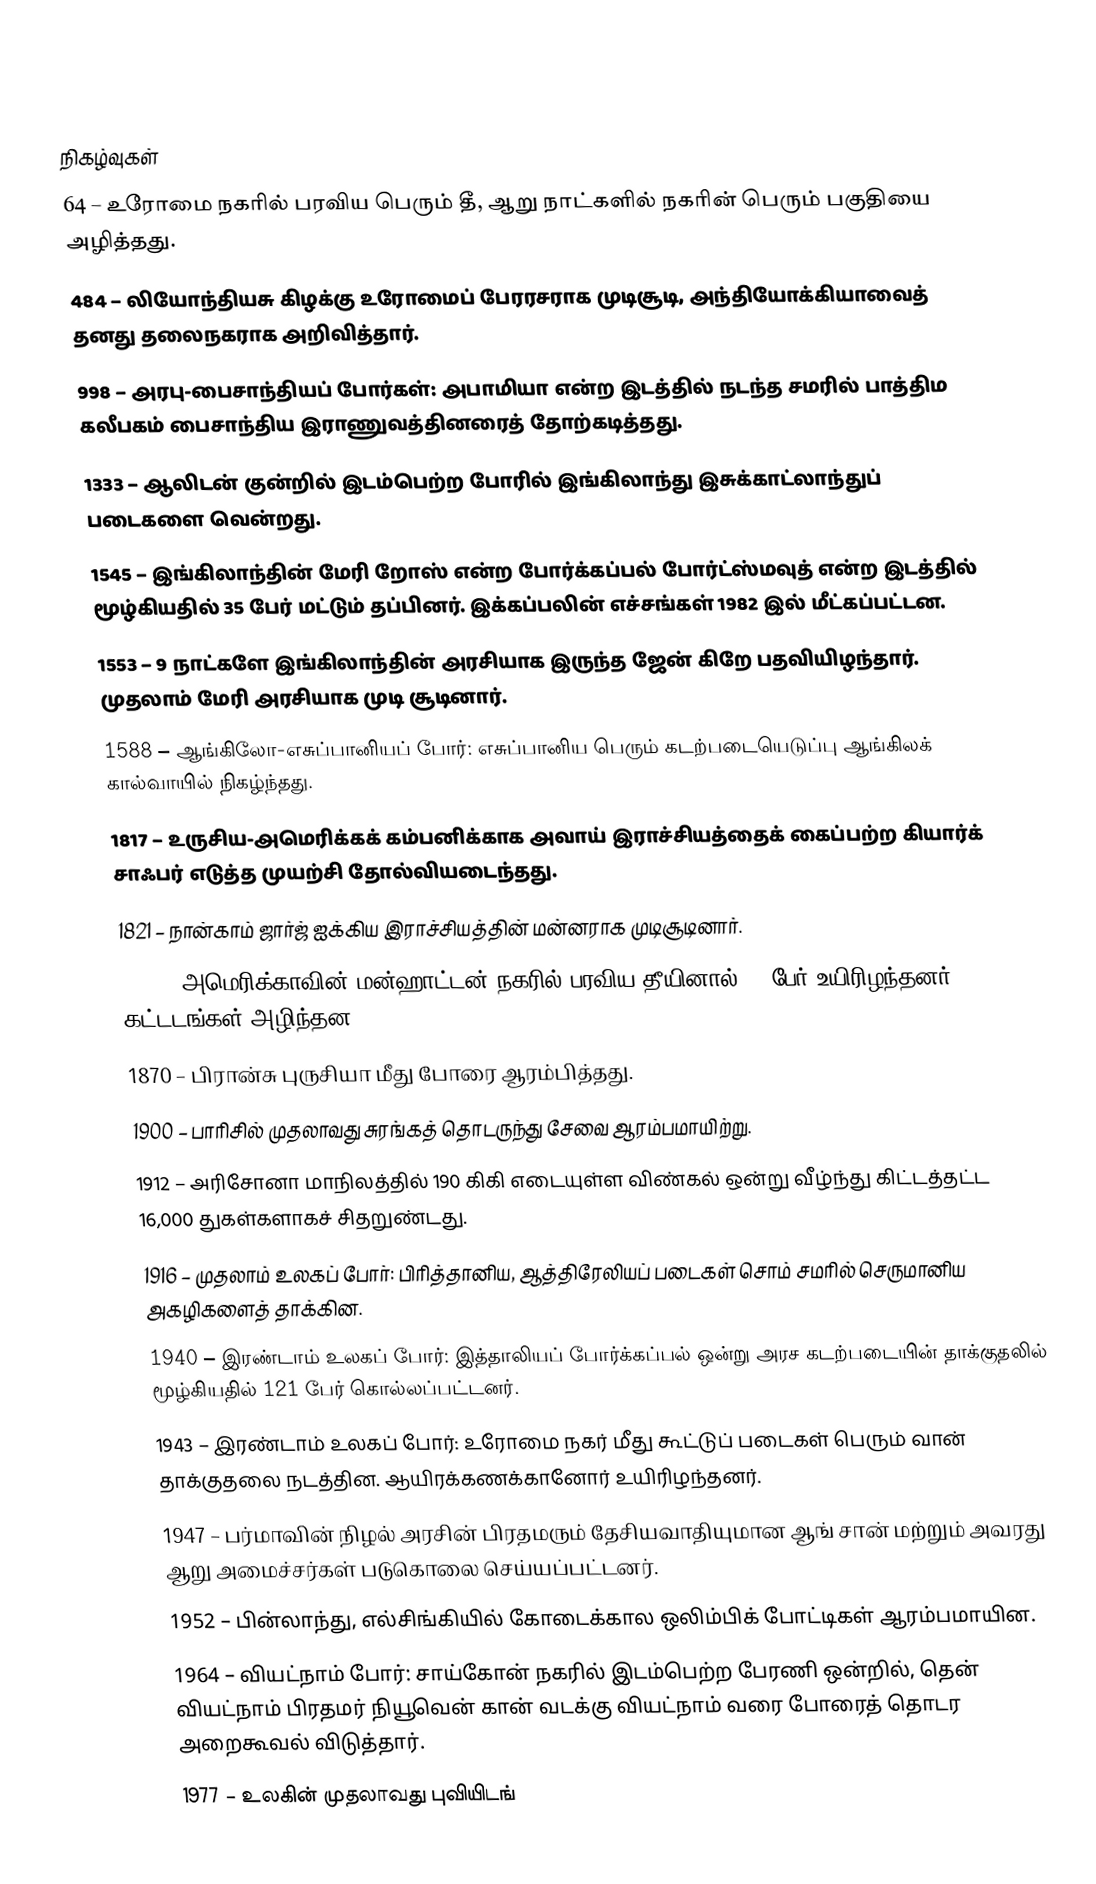

நிகழ்வுகள்
64 – உரோமை நகரில் பரவிய பெரும் தீ, ஆறு நாட்களில் நகரின் பெரும் பகுதியை அழித்தது.
484 – லியோந்தியசு கிழக்கு உரோமைப் பேரரசராக முடிசூடி, அந்தியோக்கியாவைத் தனது தலைநகராக அறிவித்தார்.
998 – அரபு-பைசாந்தியப் போர்கள்: அபாமியா என்ற இடத்தில் நடந்த சமரில் பாத்திம கலீபகம் பைசாந்திய இராணுவத்தினரைத் தோற்கடித்தது.
1333 – ஆலிடன் குன்றில் இடம்பெற்ற போரில் இங்கிலாந்து இசுக்காட்லாந்துப் படைகளை வென்றது.
1545 – இங்கிலாந்தின் மேரி றோஸ் என்ற போர்க்கப்பல் போர்ட்ஸ்மவுத் என்ற இடத்தில் மூழ்கியதில் 35 பேர் மட்டும் தப்பினர். இக்கப்பலின் எச்சங்கள் 1982 இல் மீட்கப்பட்டன.
1553 – 9 நாட்களே இங்கிலாந்தின் அரசியாக இருந்த ஜேன் கிறே பதவியிழந்தார். முதலாம் மேரி அரசியாக முடி சூடினார்.
1588 – ஆங்கிலோ-எசுப்பானியப் போர்: எசுப்பானிய பெரும் கடற்படையெடுப்பு ஆங்கிலக் கால்வாயில் நிகழ்ந்தது.
1817 – உருசிய-அமெரிக்கக் கம்பனிக்காக அவாய் இராச்சியத்தைக் கைப்பற்ற கியார்க் சாஃபர் எடுத்த முயற்சி தோல்வியடைந்தது.
1821 – நான்காம் ஜார்ஜ் ஐக்கிய இராச்சியத்தின் மன்னராக முடிசூடினார்.
1845 – அமெரிக்காவின் மன்ஹாட்டன் நகரில் பரவிய தீயினால் 30 பேர் உயிரிழந்தனர், 345 கட்டடங்கள் அழிந்தன.
1870 – பிரான்சு புருசியா மீது போரை ஆரம்பித்தது.
1900 – பாரிசில் முதலாவது சுரங்கத் தொடருந்து சேவை ஆரம்பமாயிற்று.
1912 – அரிசோனா மாநிலத்தில் 190 கிகி எடையுள்ள விண்கல் ஒன்று வீழ்ந்து கிட்டத்தட்ட 16,000 துகள்களாகச் சிதறுண்டது.
1916 – முதலாம் உலகப் போர்: பிரித்தானிய, ஆத்திரேலியப் படைகள் சொம் சமரில் செருமானிய அகழிகளைத் தாக்கின.
1940 – இரண்டாம் உலகப் போர்: இத்தாலியப் போர்க்கப்பல் ஒன்று அரச கடற்படையின் தாக்குதலில் மூழ்கியதில் 121 பேர் கொல்லப்பட்டனர்.
1943 – இரண்டாம் உலகப் போர்: உரோமை நகர் மீது கூட்டுப் படைகள் பெரும் வான் தாக்குதலை நடத்தின. ஆயிரக்கணக்கானோர் உயிரிழந்தனர்.
1947 – பர்மாவின் நிழல் அரசின் பிரதமரும் தேசியவாதியுமான  ஆங் சான் மற்றும் அவரது ஆறு அமைச்சர்கள் படுகொலை செய்யப்பட்டனர்.
1952 – பின்லாந்து, எல்சிங்கியில் கோடைக்கால ஒலிம்பிக் போட்டிகள் ஆரம்பமாயின.
1964 – வியட்நாம் போர்: சாய்கோன் நகரில் இடம்பெற்ற பேரணி ஒன்றில், தென் வியட்நாம் பிரதமர் நியூவென் கான் வடக்கு வியட்நாம் வரை போரைத் தொடர அறைகூவல் விடுத்தார்.
1977 – உலகின் முதலாவது புவியிடங்